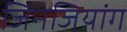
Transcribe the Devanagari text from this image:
जिनजियांग